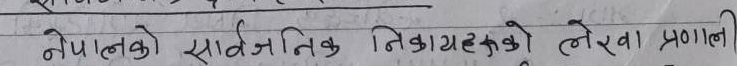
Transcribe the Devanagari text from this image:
नेपालको सार्वजनिक निकायहरुको लेखा प्रणाली